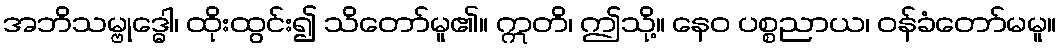
အဘိသမ္ဗုဒ္ဓေါ၊ ထိုးထွင်း၍ သိတော်မူ၏။ ဣတိ၊ ဤသို့။ နေဝ ပစ္စညာယ၊ ဝန်ခံတော်မမူ။